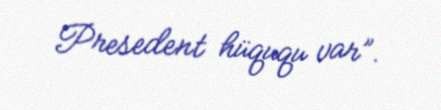
Presedent hüququ var”.